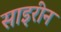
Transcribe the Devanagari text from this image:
साइरीन